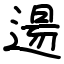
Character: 逿